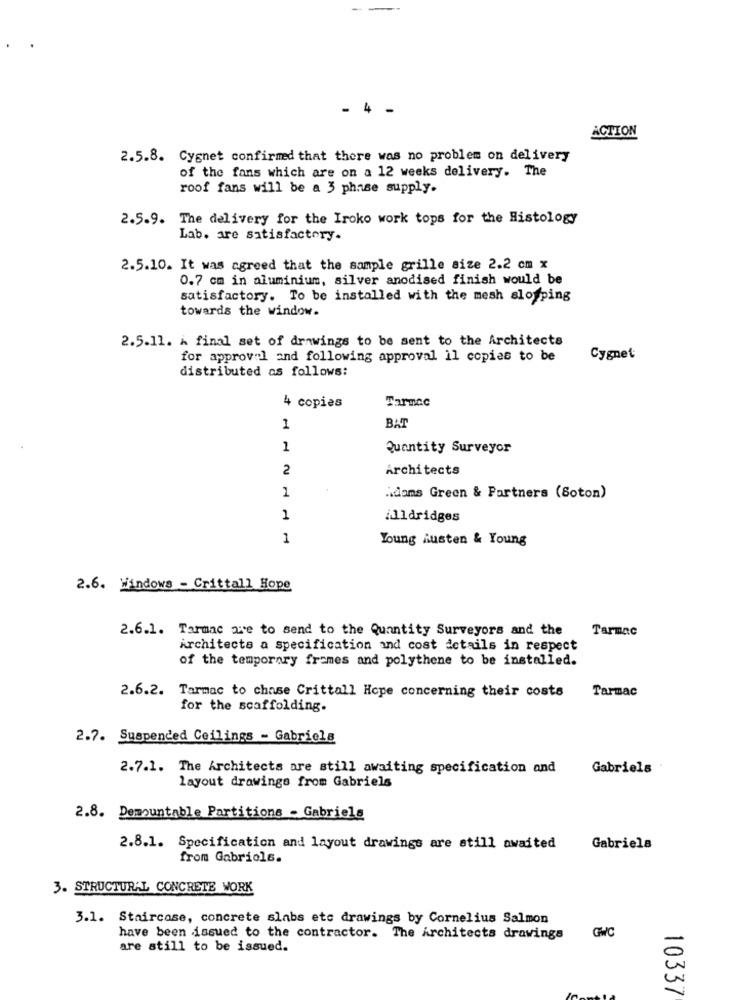
- 4 -
ACTION
2.5.8. Cygnet confirmed that there was no problem on delivery
of the fans which are on a 12 weeks delivery. The
roof fans will be a 3 phase supply.
2.5.9. The delivery for the Iroko work tops for the Histology
Lab. are satisfactory.
2.5.10. It was agreed that the sample grille size 2.2 cm x
0.7 cm in aluminium, silver anodised finish would be
satisfactory. To be installed with the mesh slofping
towards the window.
2.5.11. k final set of drawings to be sent to the Architects
for approval and following approval il copies to be
Cygnet
distributed as follows:
Tarmac
4 copies
1
BAT
1
Quantity Surveyor
2
Architects
1
Adams Green & Partners (Soton)
1
¿Ildridges
1
Young husten & Young
2.6. Windows - Crittall Hope
2.6.1. Tarmac are to send to the Quantity Surveyors and the
Tarmac
Architects a specification and cost details in respect
of the temporary frames and polythene to be installed.
2.6.2. Tarmac to chase Crittall Hope concerning their costs
Tarmac
for the scaffolding.
2.7. Suspended Ceilings - Gabriels
2.7.1. The Architects are still awaiting specification and
Gabriels
layout drawings from Gabriels
2.8. Demountable Partitions - Gabriels
2.8.1. Specification and layout drawings are still awaited
Gabriela
from Gabriols.
3. STRUCTURAL CONCRETE WORK
3.1. Staircase, concrete slabs etc drawings by Cornelius Salmon
have been issued to the contractor. The Architects drawings
GWC
are still to be issued.
0
10337